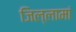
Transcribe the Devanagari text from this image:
जिल्लामां